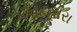
કાઢનારા